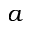
a